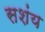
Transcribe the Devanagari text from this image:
सशंय